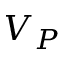
V _ { P }